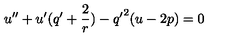
u ^ { \prime \prime } + u ^ { \prime } ( q ^ { \prime } + \frac { 2 } { r } ) - { q ^ { \prime } } ^ { 2 } ( u - 2 p ) = 0